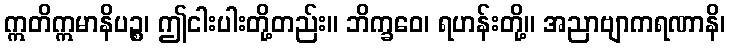
ဣတိဣမာနိပဉ္စ၊ ဤငါးပါးတို့တည်း။ ဘိက္ခဝေ၊ ရဟန်းတို့။ အညာဗျာကရဏာနိ၊